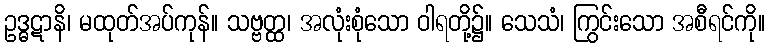
ဥဒ္ဓဋာနိ၊ မထုတ်အပ်ကုန်။ သဗ္ဗတ္ထ၊ အလုံးစုံသော ဝါရတို့၌။ သေသံ၊ ကြွင်းသော အစီရင်ကို။